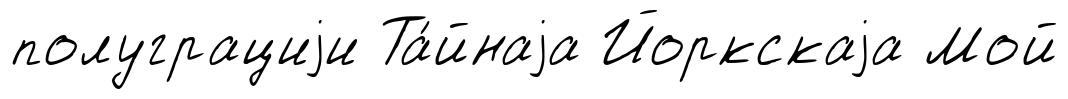
полуграциjи Та́йнаjа Йоркскаjа Мой